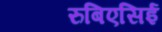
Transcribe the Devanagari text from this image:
रुबिएसिई